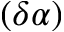
( \delta \alpha )